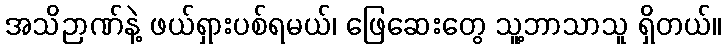
အသိဉာဏ်နဲ့ ဖယ်ရှားပစ်ရမယ်၊ ဖြေဆေးတွေ သူ့ဘာသာသူ ရှိတယ်။